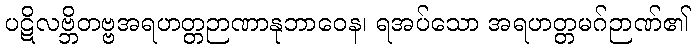
ပဋိလဗ္ဘိတဗ္ဗအရဟတ္တဉာဏာနုဘာဝေန၊ ရအပ်သော အရဟတ္တမဂ်ဉာဏ်၏